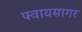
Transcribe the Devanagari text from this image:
फ्वायसागर